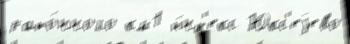
райо́нного км1 и́нд'екс Юкс'еjево